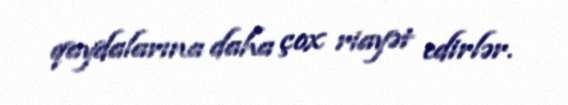
qaydalarına daha çox riayət edirlər.